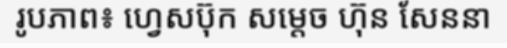
រូបភាព៖ ហ្វេសប៊ុក សម្តេច ហ៊ុន សែននា